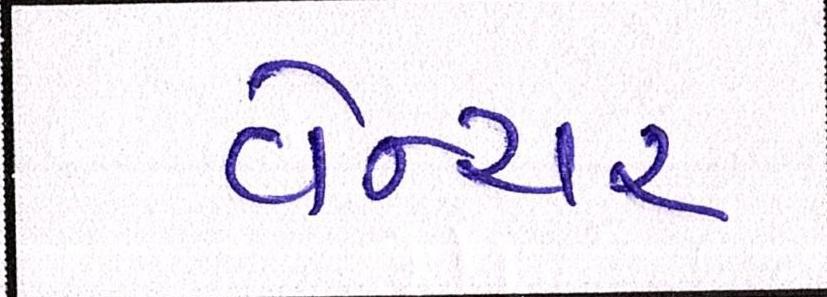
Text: વેન્ચર